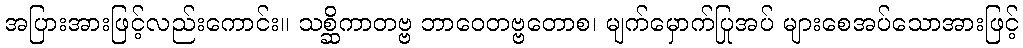
အပြားအားဖြင့်လည်းကောင်း။ သစ္ဆိကာတဗ္ဗ ဘာဝေတဗ္ဗတောစ၊ မျက်မှောက်ပြုအပ် များစေအပ်သောအားဖြင့်